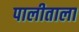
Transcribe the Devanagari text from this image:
पालीताला